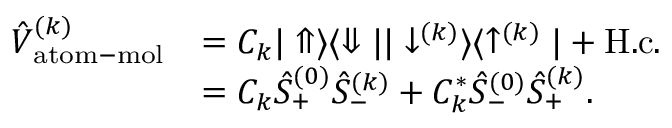
\begin{array} { r l } { \hat { V } _ { \mathrm { a t o m - m o l } } ^ { ( k ) } } & { = C _ { k } | \Uparrow \rangle \langle \Downarrow | | \downarrow ^ { ( k ) } \rangle \langle \uparrow ^ { ( k ) } | + \mathrm { H . c . } } \\ & { = C _ { k } \hat { S } _ { + } ^ { ( 0 ) } \hat { S } _ { - } ^ { ( k ) } + C _ { k } ^ { * } \hat { S } _ { - } ^ { ( 0 ) } \hat { S } _ { + } ^ { ( k ) } . } \end{array}